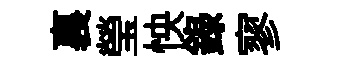
裏瑩怏録寥